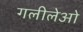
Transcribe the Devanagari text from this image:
गलीलेओ